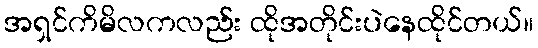
အရှင်ကိမိလကလည်း ထိုအတိုင်းပဲနေထိုင်တယ်။